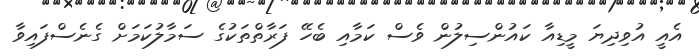
އެއީ އުވިދިޔަ މީޑިއާ ކައުންސިލުން ވެސް ކަމާއި ބެހޭ ފަރާތްތަކުގެ ސަމާލުކަމަށް ގެނެސްފައިވާ